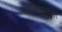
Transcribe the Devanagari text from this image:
मोतीलालांनी